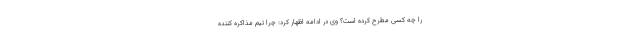
را چه کسی مطرح کرده است؟ وی در ادامه اظهار کرد: چرا تیم مذاکره کننده